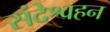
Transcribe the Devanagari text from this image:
संदेश्वहन